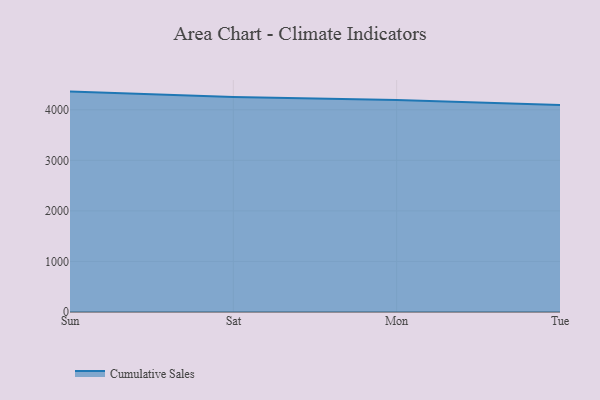
{"axis": {"x": "Day", "y": "LTV (USD)"}, "legend": ["Cumulative Sales"], "data": [{"x": "Sun", "y": 4359.7, "type": "Cumulative Sales"}, {"x": "Sat", "y": 4252.6, "type": "Cumulative Sales"}, {"x": "Mon", "y": 4191.8, "type": "Cumulative Sales"}, {"x": "Tue", "y": 4092.5, "type": "Cumulative Sales"}]}